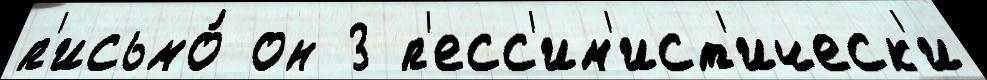
п'исьмо́ он 3 п'есс'им'ист'ическ'и